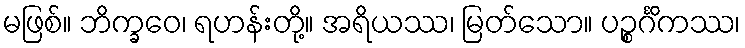
မဖြစ်။ ဘိက္ခဝေ၊ ရဟန်းတို့။ အရိယဿ၊ မြတ်သော။ ပဉ္စင်္ဂိကဿ၊